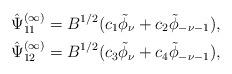
LaTeX: \begin{align*}\hat{\Psi}_{11}^{(\infty)}= B^{1/2}(c_1\tilde{\phi}_{\nu}+c_2\tilde{\phi}_{-\nu-1}),\\\hat{\Psi}_{12}^{(\infty)}= B^{1/2}(c_3\tilde{\phi}_{\nu}+c_4\tilde{\phi}_{-\nu-1}),\end{align*}